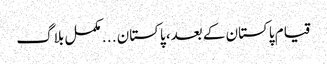
قیام پاکستان کے بعد، پاکستان . . . مکمل بلاگ